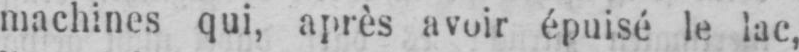
machines qui, après avoir épuisé le lac,